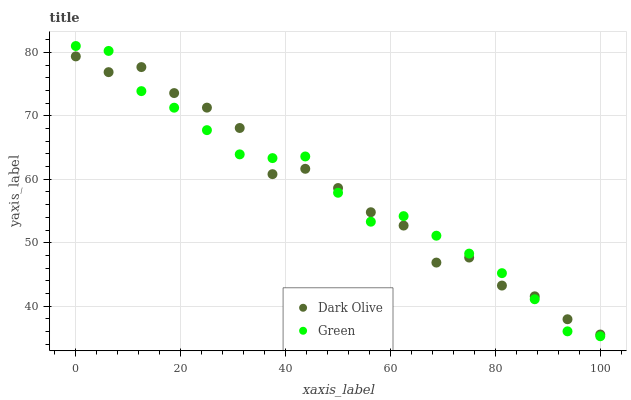
| xaxis_label | Dark Olive | Green |
 | --- | --- | --- |
 | 0 | 79.4 | 81 |
 | 6.25 | 76.9 | 80.2 |
 | 12.5 | 77.7 | 73.9 |
 | 18.8 | 73.6 | 71.3 |
 | 25 | 71.3 | 67.7 |
 | 31.2 | 68.1 | 63.9 |
 | 37.5 | 60.8 | 63.3 |
 | 43.8 | 61.6 | 63.6 |
 | 50 | 58.6 | 57.9 |
 | 56.2 | 54.8 | 53.3 |
 | 62.5 | 52.7 | 54.2 |
 | 68.8 | 46.9 | 51.1 |
 | 75 | 47.7 | 48.3 |
 | 81.2 | 43.2 | 45.2 |
 | 87.5 | 41.6 | 41.1 |
 | 93.8 | 37.9 | 36 |
 | 100 | 35.5 | 35.3 |